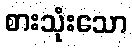
စားသုံးသော